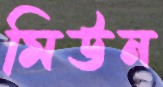
মিউন